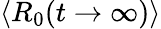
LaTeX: \langle R_{0}(t\rightarrow\infty)\rangle